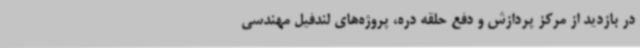
در بازدید از مرکز پردازش و دفع حلقه دره، پروژه‌های لندفیل مهندسی